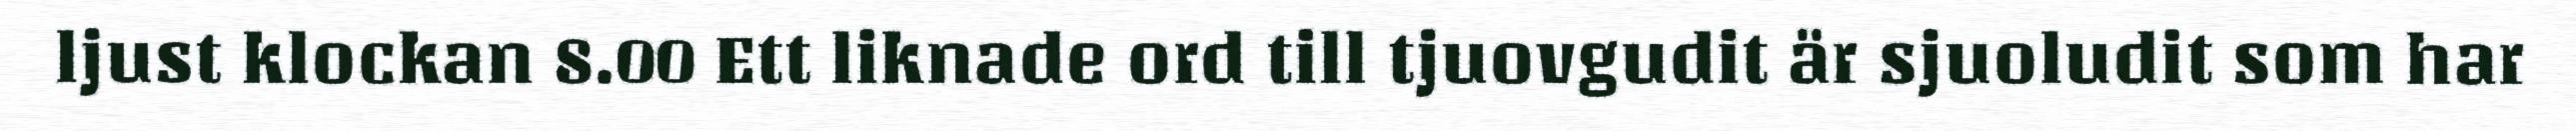
ljust klockan 8.00 Ett liknade ord till tjuovgudit är sjuoludit som har